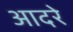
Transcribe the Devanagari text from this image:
आदरे